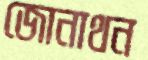
জোনাথন